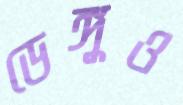
ডেঙ্গুও